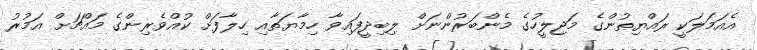
އެއަމަލަކީ ރައްޔިތުންގެ މަޖިލީހުގެ މެންބަރުންނަށް ލިބިދީފައިވާ ހިމާޔަތާއި ހިލާފަށް ކުއްވެރިންގެ މައްޗަށް އަމުރު